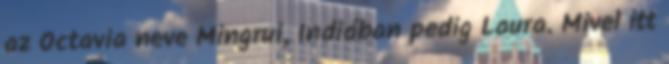
az Octavia neve Mingrui, Indiában pedig Laura. Mivel itt